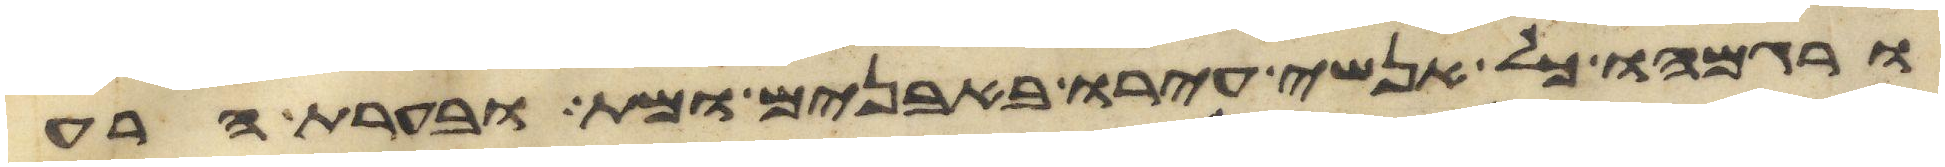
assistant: ורגמהו כל אנשי עירו באבנים ומת ובערת הרע